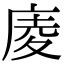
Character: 庱